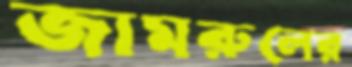
জামরুলের